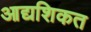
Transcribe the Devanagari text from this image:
आद्यशिकत